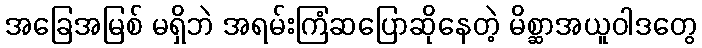
အခြေအမြစ် မရှိဘဲ အရမ်းကြံဆပြောဆိုနေတဲ့ မိစ္ဆာအယူဝါဒတွေ